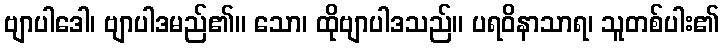
ဗျာပါဒေါ၊ ဗျာပါဒမည်၏။ သော၊ ထိုဗျာပါဒသည်။ ပရဝိနာသာရ၊ သူတစ်ပါး၏